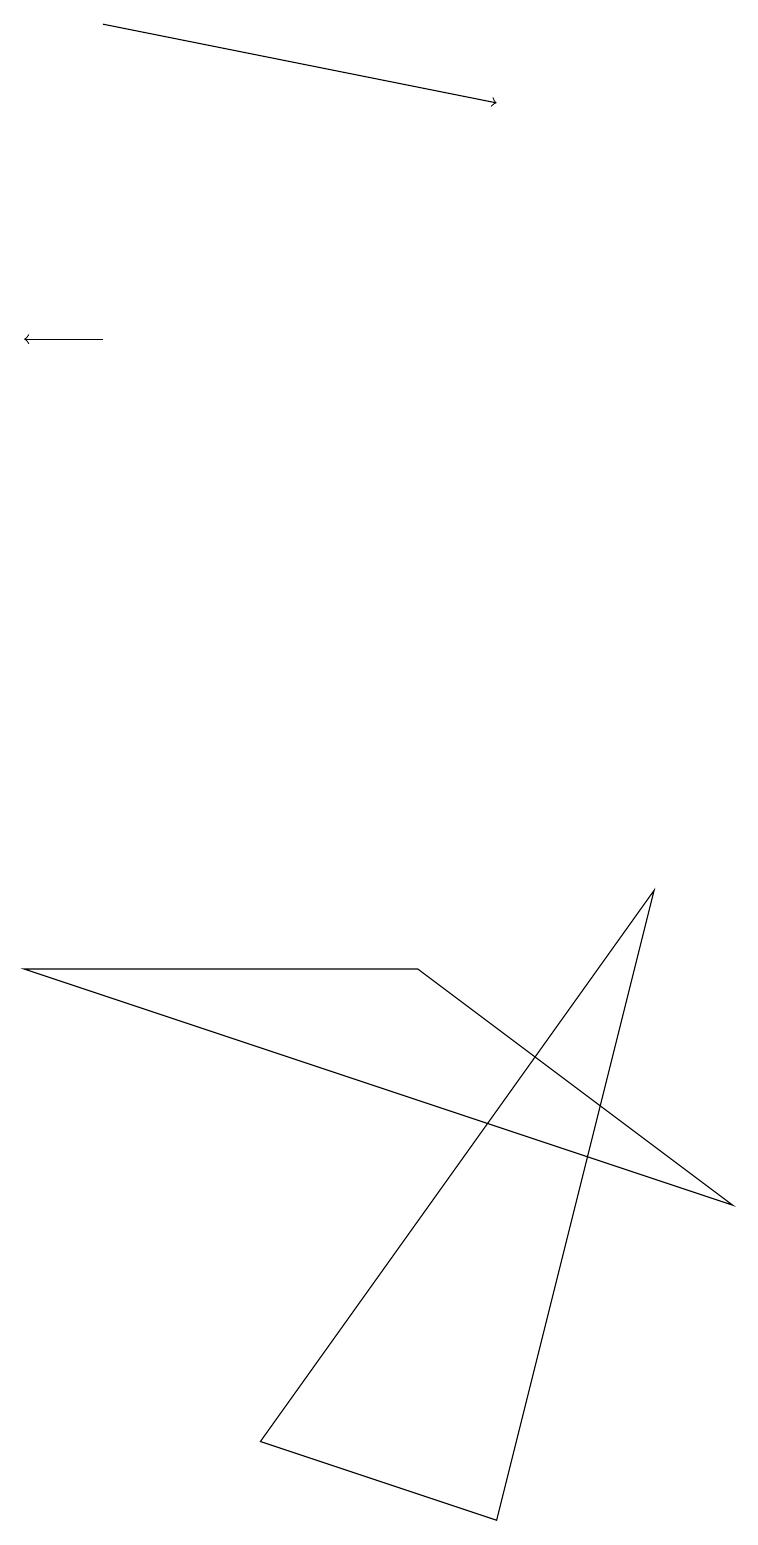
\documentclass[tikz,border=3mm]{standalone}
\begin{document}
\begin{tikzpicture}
\draw (3,1) -- (6,0) -- (8,8) -- cycle;
\draw (5,7) -- (9,4) -- (0,7) -- cycle;
\draw[->] (1,19) -- (6,18);
\draw[->] (1,15) -- (0,15);
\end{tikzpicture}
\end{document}